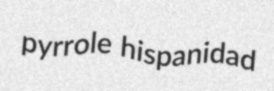
pyrrole hispanidad